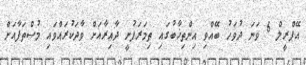
އޭޕްރީލް 6 ވަނަ ދުވަހު ބޭއްވި އިންތިޚާބުގައި ތިމަރަފުށީ ދާއިރާއަށް ވާދަކުރައްވައި މުސްތަފާއަށް